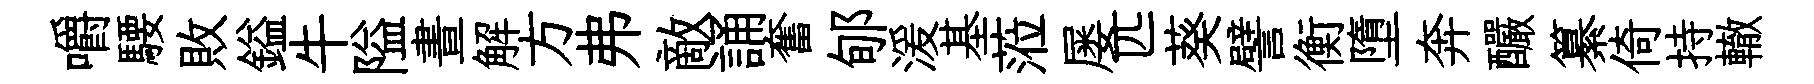
嚼騕敗鎰牛隘晝解方弗敵誦奮郇湲基蒞屡匹葵譬衡墮奔釅纂倚持轍